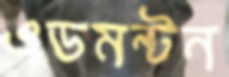
এডমন্টন